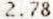
2.78